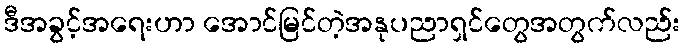
ဒီအခွင့်အရေးဟာ အောင်မြင်တဲ့အနုပညာရှင်တွေအတွက်လည်း